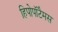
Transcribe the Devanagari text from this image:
हिपोपॉटैमस